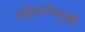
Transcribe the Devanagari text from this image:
पश्चिमाभिमुखी